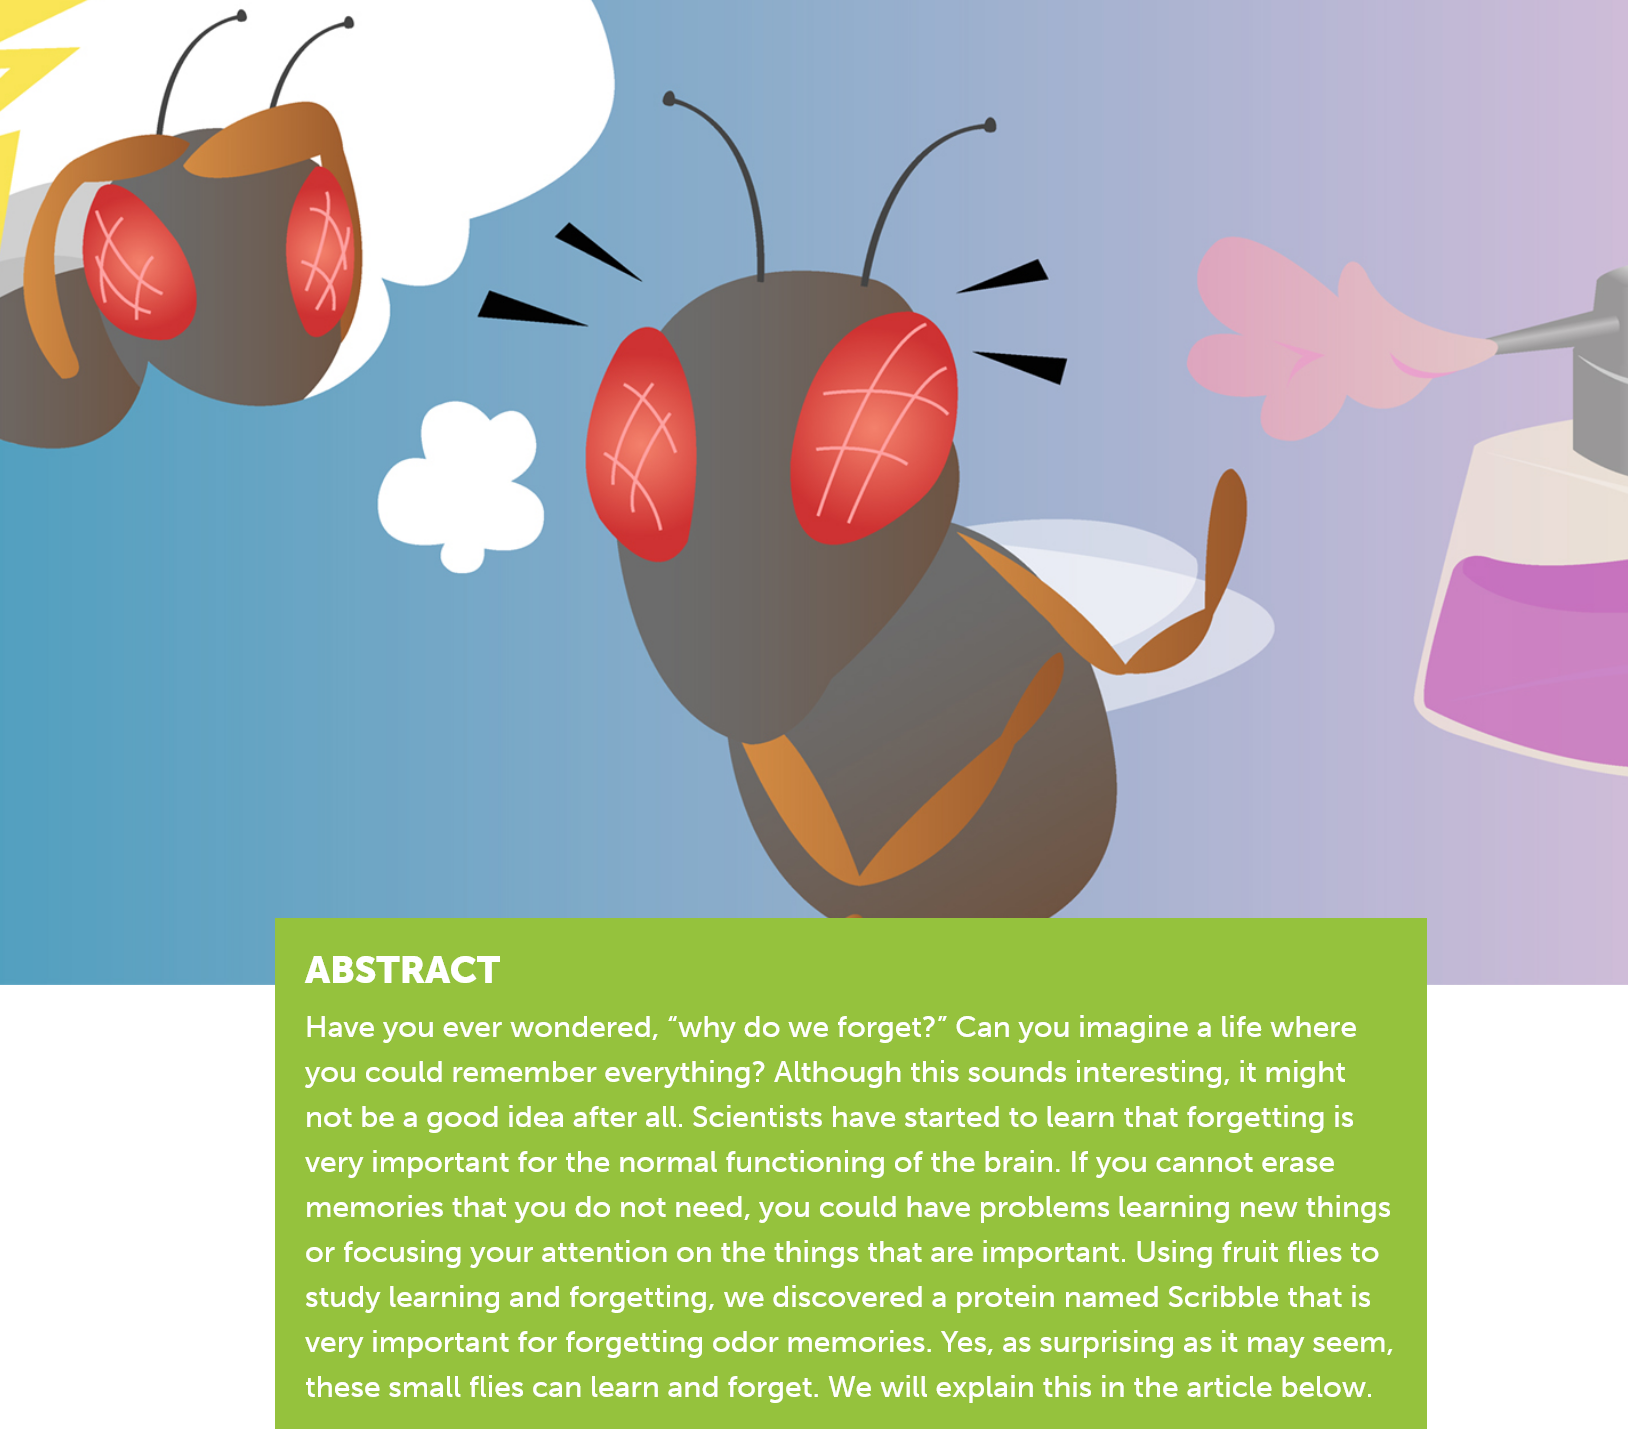
ABSTRACT
     Have you ever wondered, “why do we forget?” Can you imagine a life where
     you could remember everything? Although this sounds interesting, it might
     not be a good idea after all. Scientists have started to learn that forgetting is
     very important for the normal functioning of the brain. If you cannot erase
     memories that you do not need, you could have problems learning new things
     or focusing your attention on the things that are important. Using fruit flies to
     study learning and forgetting, we discovered a protein named Scribble that is
     very important for forgetting odor memories. Yes, as surprising as it may seem,
     these small flies can learn and forget. We will explain this in the article below.